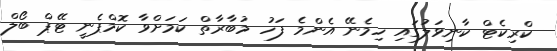
ކްރިކެޓް ކާނިވަލުގައި ހިމެނޭ އެންމެ ފަހު މުބާރާތް ކަމަށްވާ ކޮމްޕެނީ ޓޭޕް ބޯލް